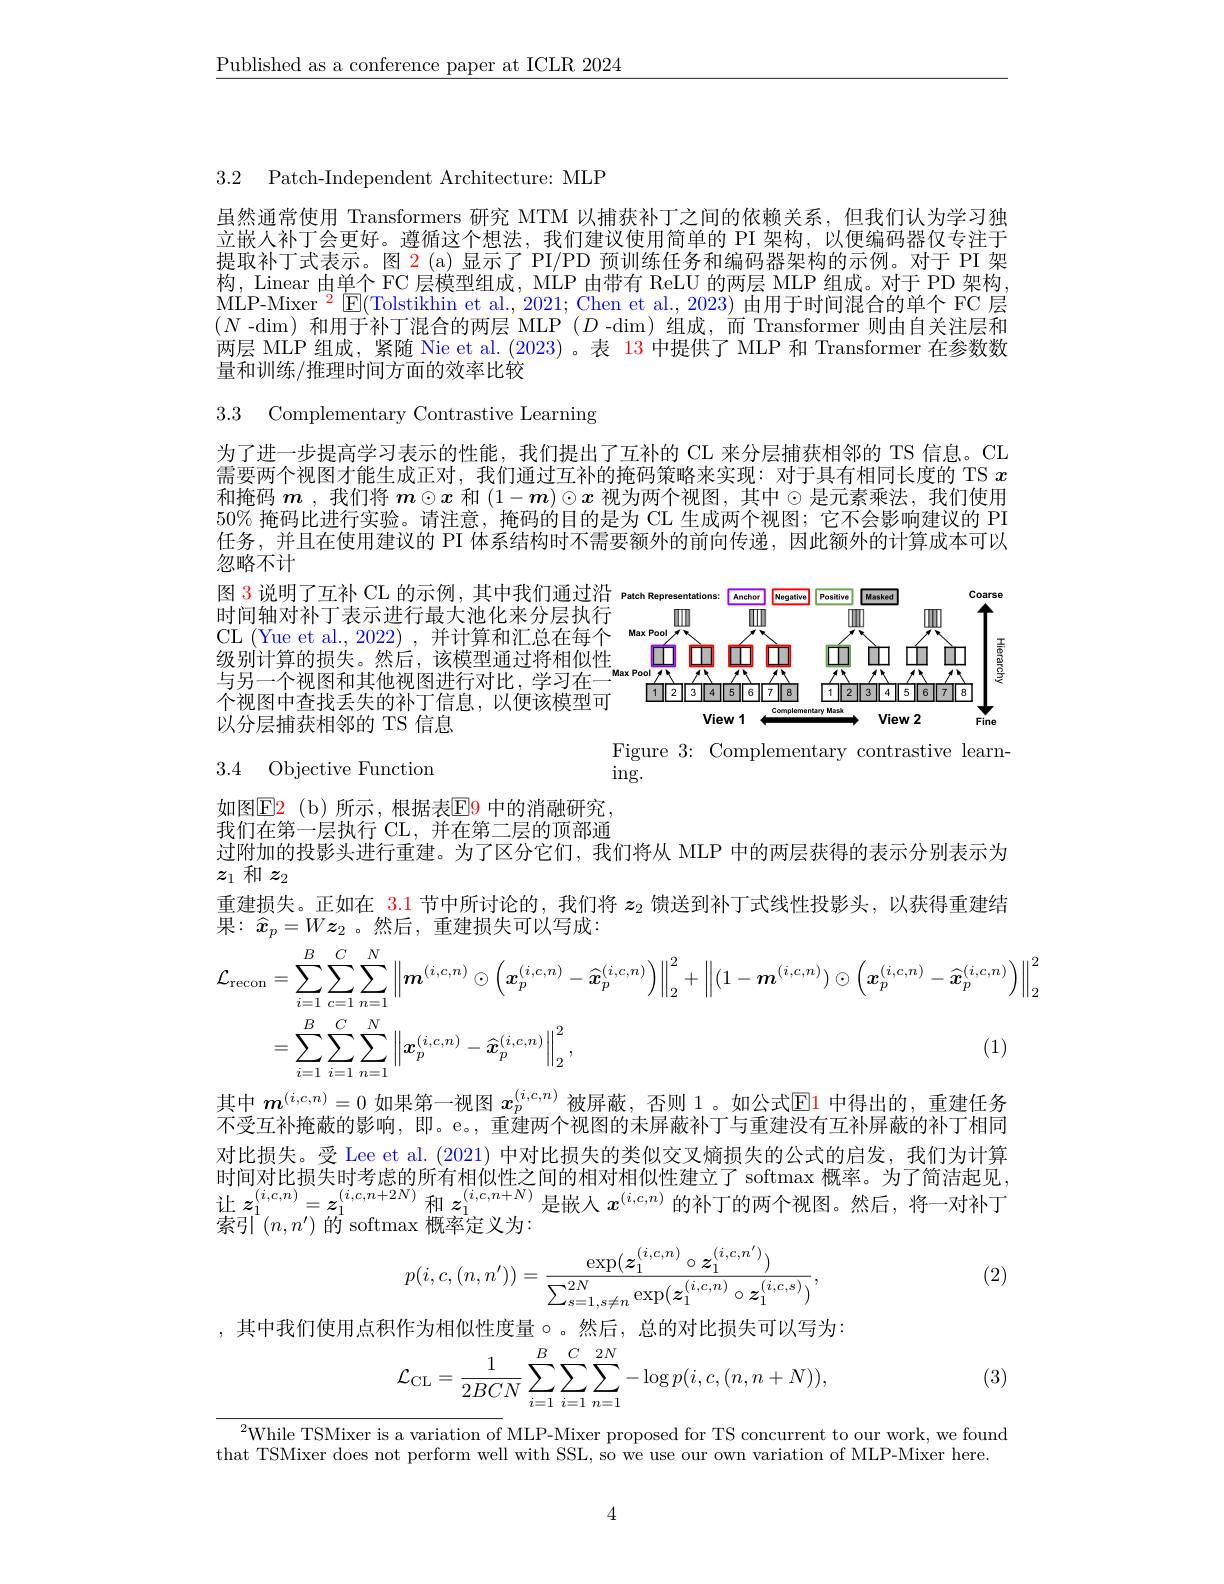
$\underline{\text{Published as a conference paper at ICLR 2024}}$

3.2 Patch-Independent Architecture: MLF

虽然通常使用 Transformers 研究 MTM 以捕获补丁之间的依赖关系，但我们认为学习独立嵌人补丁会更好。遵循这个想法，我们建议使用简单的 PI 架构，以便编码器仅专注于提取补丁式表示。图 2 (a) 显示了 PI/PD 预训练任务和编码器架构的示例。对于 PI 架构，Linear 由单个 FC 层模型组成，MLP 由带有 ReLU 的两层 MLP 组成。对于 PD 架构， MLP-Mixer$^2$E(Tolstikhin et al., 2021; Chen et al., 2023) 由用于时间混合的单个 FC 层$(N$ -dim)和用于补丁混合的两层 MLP $(D$ -dim)组成，而 Transformer 则由自关注层和两层 MLP 组成，紧随 Nie et al. (2023)。表 13 中提供了 MLP 和 Transformer 在参数数量和训练/推理时间方面的效率比较

3.3 Complementary Contrastive Learning

为了进一步提高学习表示的性能，我们提出了互补的 CL 来分层捕获相邻的 TS 信息。CL 需要两个视图才能生成正对，我们通过互补的掩码策略来实现：对于具有相同长度的 TS $x$ 和掩码$\boldsymbol{m}$ ,我们将$\boldsymbol{m}\odot\boldsymbol{x}$和$(1-\boldsymbol{m})\odot\boldsymbol{x}$视为两个视图，其中$\odot$是元素乘法，我们使用50% 掩码比进行实验。请注意，掩码的目的是为 CL 生成两个视图；它不会影响建议的 PI 任务，并且在使用建议的 PI 体系结构时不需要额外的前向传递，因此额外的计算成本可以忽略不计

图 3 说明了互补 CL 的示例，其中我们通过沿 Patch Rep
时间轴对补丁表示进行最大池化来分层执行CL (Yue et al., 2022) , 并计算和汇总在每个
<FigureHere>
级别计算的损失。然后，该模型通过将相似性与另一个视图和其他视图进行对比，学习在个视图中查找丢失的补丁信息，以便该模型可以分层捕获相邻的 TS 信息
Figure 3: Complementary contrastive learn-

$\operatorname{ing}.$

# 3.4 Objective Function

如图$\operatorname{E2}$ (b)所示，根据表$\operatorname{E9}$ 中的消融研究， 我们在第一层执行 CL,并在第二层的顶部通过附加的投影头进行重建。为了区分它们，我们将从 MLP 中的两层获得的表示分别表示为
$z_1$和$z_2$
重建损失。正如在$\color{red}{3.1}$节中所讨论的，我们将$z_2$馈送到补丁式线性投影头，以获得重建结
果：$\hat{x}_p=Wz_2$。然后，重建损失可以写成：
$$\begin{aligned}\mathcal{L}_{\mathrm{recon}}&=\sum_{i=1}^{B}\sum_{c=1}^{C}\sum_{n=1}^{N}\left\|\boldsymbol{m}^{(i,c,n)}\odot\left(\boldsymbol{x}_{p}^{(i,c,n)}-\widehat{\boldsymbol{x}}_{p}^{(i,c,n)}\right)\right\|_{2}^{2}+\left\|(1-\boldsymbol{m}^{(i,c,n)})\odot\left(\boldsymbol{x}_{p}^{(i,c,n)}-\widehat{\boldsymbol{x}}_{p}^{(i,c,n)}\right)\right\|_{2}^{2}\\&=\sum_{i=1}^{B}\sum_{i=1}^{C}\sum_{n=1}^{N}\left\|\boldsymbol{x}_{p}^{(i,c,n)}-\widehat{\boldsymbol{x}}_{p}^{(i,c,n)}\right\|_{2}^{2},&\text{(1)}\end{aligned}$$
其中$m^{(i,c,n)}=0$如果第一视图$x_p^{(i,c,n)}$被屏蔽，否则 1。如公式$\overline{\mathrm{E}}$1 中得出的，重建任务不受互补掩蔽的影响，即。e。,重建两个视图的未屏蔽补丁与重建没有互补屏蔽的补丁相同对比损失。受 Lee et al. (2021) 中对比损失的类似交叉熵损失的公式的启发，我们为计算时间对比损失时考虑的所有相似性之间的相对相似性建立了 softmax 概率。为了简洁起见， 让$z_1^{(i,c,n)}=z_1^{(i,c,n+2N)}$和$z_1^{(i,c,n+N)}$是嵌人$x^{(i,c,n)}$的补丁的两个视图。然后，将一对补丁索引$^1(n,n^{\prime})$ 的 softmax 概率定义为：

(2)
$$p(i,c,(n,n'))=\frac{\exp(\boldsymbol{z}_1^{(i,c,n)}\circ\boldsymbol{z}_1^{(i,c,n')})}{\sum_{s=1,s\neq n}^{2N}\exp(\boldsymbol{z}_1^{(i,c,n)}\circ\boldsymbol{z}_1^{(i,c,s)})},$$
,其中我们使用点积作为相似性度量$\circ$。然后，总的对比损失可以写为：

(3)
$$\mathcal{L}_{\mathrm{CL}}=\frac{1}{2BCN}\sum_{i=1}^{B}\sum_{i=1}^{C}\sum_{n=1}^{2N}-\log p(i,c,(n,n+N)),$$
$^{2}$While TSMixer is a variation of MLP-Mixer proposed for TS concurrent to our work, we found
that TSMixer does not perform well with SSL, so we use our own variation of MLP-Mixer here.